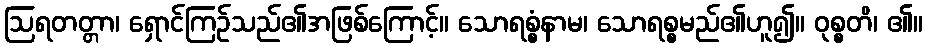
ဩရတတ္တာ၊ ရှောင်ကြဉ်သည်၏အဖြစ်ကြောင့်။ သောရစ္စံနာမ၊ သောရစ္စမည်၏ဟူ၍။ ဝုစ္စတိ၊ ၏။